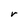
Character: r